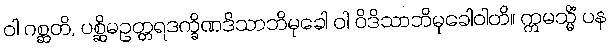
ဝါ ဂစ္ဆတိ, ပစ္ဆိမဥတ္တရဒက္ခိဏဒိသာဘိမုခေါ ဝါ ဝိဒိသာဘိမုခေါဝါတိ။ ဣမသ္မိံ ပန